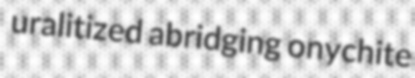
uralitized abridging onychite